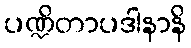
ပဏ္ဍိတာပဒါနာနိ